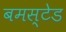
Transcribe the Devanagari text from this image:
बमस्टेड